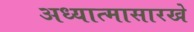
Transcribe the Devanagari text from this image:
अध्यात्मासारखे